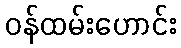
ဝန်ထမ်းဟောင်း